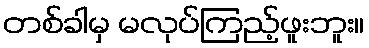
တစ်ခါမှ မလုပ်ကြည့်ဖူးဘူး။